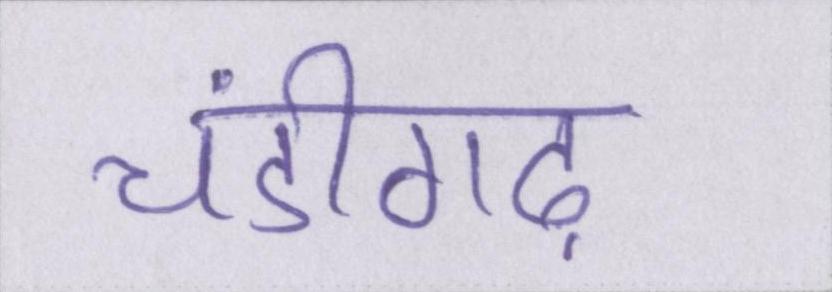
चंडीगढ़